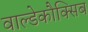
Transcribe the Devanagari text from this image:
वाल्डेकौक्सिब